Annual report of the Punjab Veterinary College and of the Civil Veterinary Department, Punjab - 1920-1925
Year: 1920
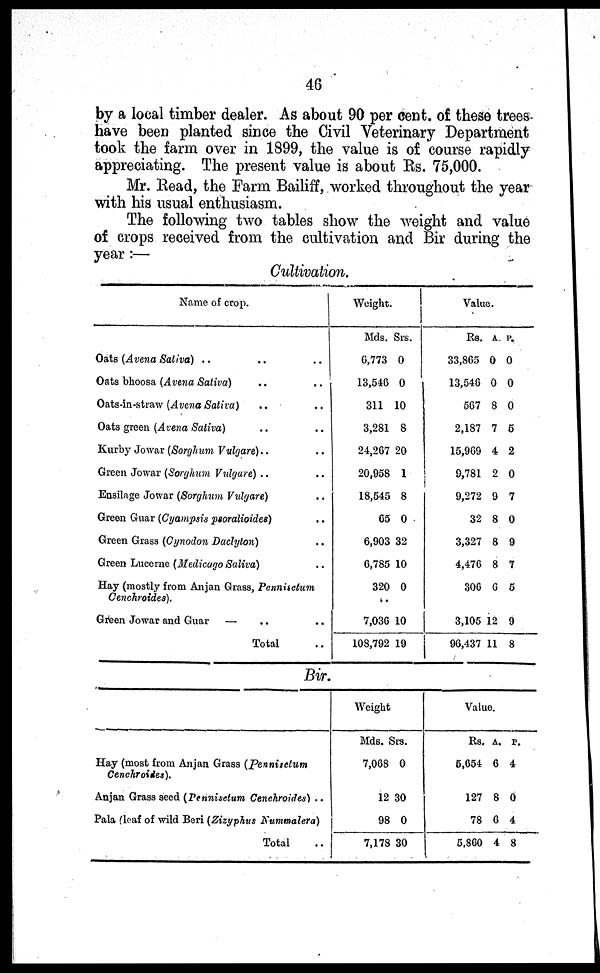
46
by a local timber dealer. As about 90 per cent. of these trees
have been planted since the Civil Veterinary Department
took the farm over in 1899, the value is of course rapidly
appreciating. The present value is about Rs. 75,000.
Mr. Read, the Farm Bailiff, worked throughout the year
with his usual enthusiasm.
The following two tables show the weight and value
of crops received from the cultivation and Bir during the
year:—
Cultivation.
Name of crop.
Oats (Avena Sativa) .. .. ..
Oats bhoosa (Avena Sativa) .. ..
Oats-in-straw (Avena Sativa) .. ..
Oats green (Avena Sativa) .. ..
Kurby Jowar (Sorghum Vulgare).. ..
Green Jowar (Sorghum Vulgare) .. ..
Ensilage Jowar (Sorghum Vulgare) ..
Green Guar (Cyampsi s psoralioides) ..
Green Grass (Cynodon Daclyton) ..
Green Lucerne (Medi cago Saliva) ..
Hay (mostly from Anj an Grass, Penniictum
Cenchroides). ..
Green Jowar and Guar — .. ..
Total ..
Weight.
Mds.
6, 773
13, 546
311
3, 281
24, 267
20, 058
18, 545
65
6, 903
6, 785
320
7, 036
108, 792
Srs.
0
0
10
8
20
1
8
0
32
10
0
10
19
Value.
Rs.
33, 865
13, 546
567
2, 187
15, 969
9, 781
9, 272
32
3, 327
4, 476
306
3, 105
96, 437
A.
0
0
8
7
4
2
9
8
8
8
6
12
11
P.
0
0
0
5
2
0
7
0
9
7
5
9
8
Bir.
Hay (most from Anj an Grass (Pennisctum
Cenchroides).
Anj an Grass seed (Pennisetum Cenehroides) ..
Pala (leaf of wi l d Beri (Zizyphus Nummalera)
Total ..
Wei ght
Mds.
7, 068
12
98
7, 178
Srs.
0
30
0
30
Value.
Rs.
5, 654
127
78
5, 860
A.
6
8
6
4
P.
4
0
4
8